Report on vaccination in the Province of Bengal - 1869-1873
Year: 1869
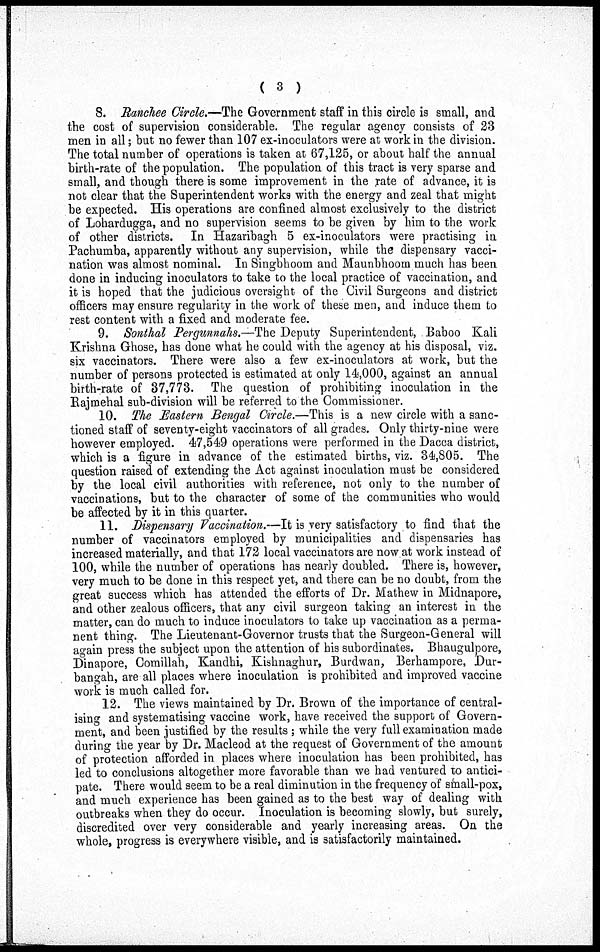
( 3 )
8. Ranchee Circle.—The Government staff in this circle is small, and
the cost of supervision considerable. The regular agency consists of 23
men in all; but no fewer than 107 ex-inoculators were at work in the division.
The total number of operations is taken at 67,125, or about half the annual
birth-rate of the population. The population of this tract is very sparse and
small, and though there is some improvement in the rate of advance, it is
not clear that the Superintendent works with the energy and zeal that might
be expected. His operations are confined almost exclusively to the district
of Lohardugga, and no supervision seems to be given by him to the work
of other districts. In Hazaribagh 5 ex-inoculators were practising in
Pachumba, apparently without any supervision, while the dispensary vacci-
nation was almost nominal. In Singbhoom and Maunbhoom much has been
done in inducing inoculators to take to the local practice of vaccination, and
it is hoped that the judicious oversight of the Civil Surgeons and district
officers may ensure regularity in the work of these men, and induce them to
rest content with a fixed and moderate fee.
9. Sonthal Pergunnahs.—The Deputy Superintendent, Baboo Kali
Krishna Ghose, has done what he could with the agency at his disposal, viz.
six vaccinators. There were also a few ex-inoculators at work, but the
number of persons protected is estimated at only 14,000, against an annual
birth-rate of 37,773. The question of prohibiting inoculation in the
Rajmehal sub-division will be referred to the Commissioner.
10. The Eastern Bengal Circle.—This is a new circle with a sanc-
tioned staff of seventy-eight vaccinators of all grades. Only thirty-nine were
however employed. 47,549 operations were performed in the Dacca district,
which is a figure in advance of the estimated births, viz. 34,805. The
question raised of extending the Act against inoculation must be considered
by the local civil authorities with reference, not only to the number of
vaccinations, but to the character of some of the communities who would
be affected by it in this quarter.
11. Dispensary Vaccination.—It is very satisfactory to find that the
number of vaccinators employed by municipalities and dispensaries has
increased materially, and that 172 local vaccinators are now at work instead of
100, while the number of operations has nearly doubled. There is, however,
very much to be done in this respect yet, and there can be no doubt, from the
great success which has attended the efforts of Dr. Mathew in Midnapore,
and other zealous officers, that any civil surgeon taking an interest in the
matter, can do much to induce inoculators to take up vaccination as a perma-
nent thing. The Lieutenant-Governor trusts that the Surgeon-General will
again press the subject upon the attention of his subordinates. Bhaugulpore,
Dinapore, Comillah, Kandhi, Kishnaghur, Burdwan, Berhampore, Dur-
bangah, are all places where inoculation is prohibited and improved vaccine
work is much called for.
12. The views maintained by Dr. Brown of the importance of central-
ising and systematising vaccine work, have received the support of Govern-
ment, and been justified by the results ; while the very full examination made
during the year by Dr. Macleod at the request of Government of the amount
of protection afforded in places where inoculation has been prohibited, has
led to conclusions altogether more favorable than we had ventured to antici-
pate. There would seem to be a real diminution in the frequency of small-pox,
and much experience has been gained as to the best way of dealing with
outbreaks when they do occur. Inoculation is becoming slowly, but surely,
discredited over very considerable and yearly increasing areas. On the
whole, progress is everywhere visible, and is satisfactorily maintained.